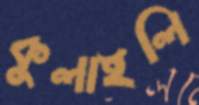
কুলাইলি